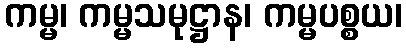
ကမ္မ၊ ကမ္မသမုဋ္ဌာန၊ ကမ္မပစ္စယ၊